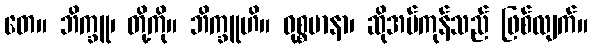
တေ။ ဘိက္ခူ၊ တို့ကို။ ဘိက္ခူဟိ။ ဝုစ္စမာနာ၊ ဆိုအပ်ကုန်သည် ဖြစ်လျက်။